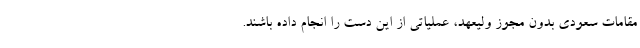
مقامات سعودی بدون مجوز ولیعهد، عملیاتی از این دست را انجام داده باشند.